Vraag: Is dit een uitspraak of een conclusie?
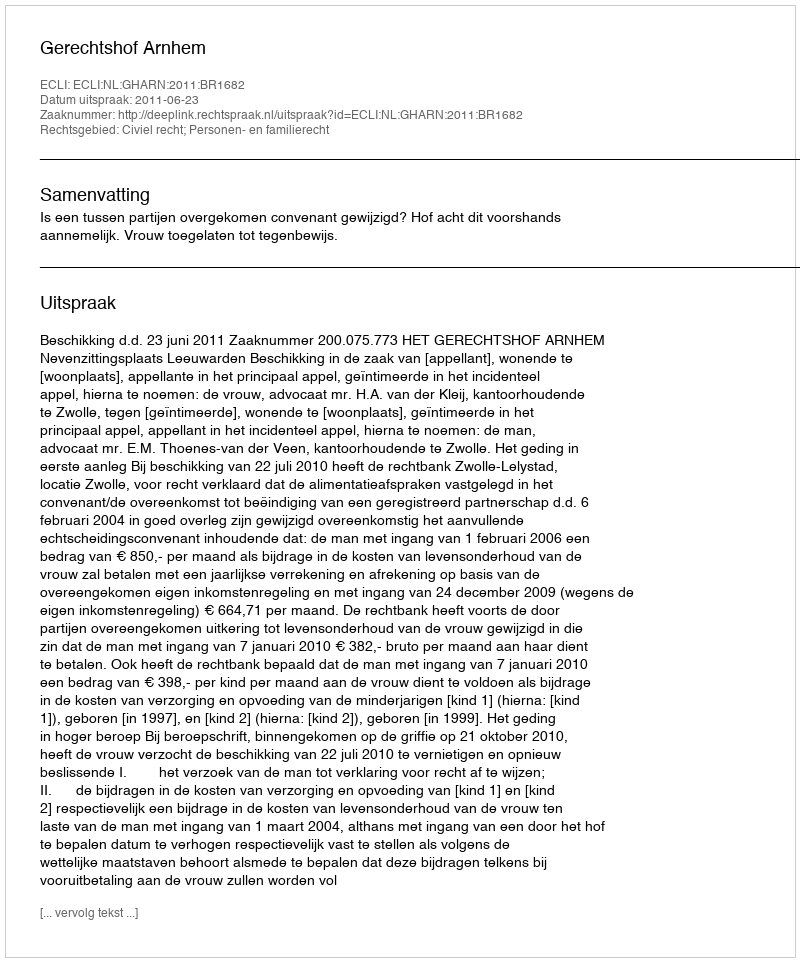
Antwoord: Uitspraak